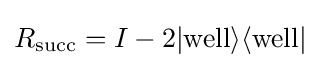
R_{\mathrm {succ} }=I-2|\mathrm {well} \rangle \langle \mathrm {well} |